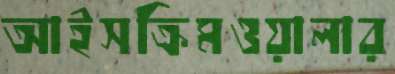
আইসক্রিমওয়ালার